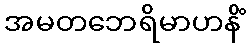
အမတဘေရိမာဟနိံ